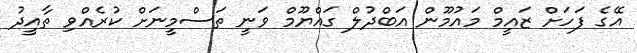
އޭގެ ފަހަށް ޒައީމް މައުމޫން އަބްދުލް ގައްޔޫމް ވަނީ ތަސްމީނަށް ކުރެއްވި ތާއީދު